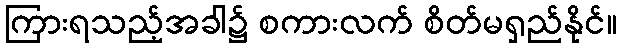
ကြားရသည့်အခါ၌ စကားလက် စိတ်မရှည်နိုင်။